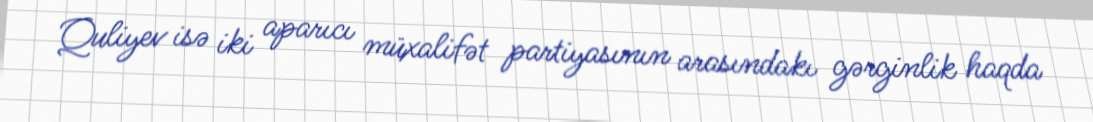
Quliyev isə iki aparıcı müxalifət partiyasının arasındakı gərginlik haqda